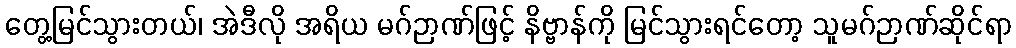
တွေ့မြင်သွားတယ်၊ အဲဒီလို အရိယ မဂ်ဉာဏ်ဖြင့် နိဗ္ဗာန်ကို မြင်သွားရင်တော့ သူမဂ်ဉာဏ်ဆိုင်ရာ